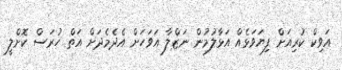
އަވިކް ކުރިއަށް ފިޔަވަޅެއް އަޅާލުމުން ނަޒްލާ އަވަހަށް އެދެމެދަށް އަތް ހުރަސް ކޮށްލީ